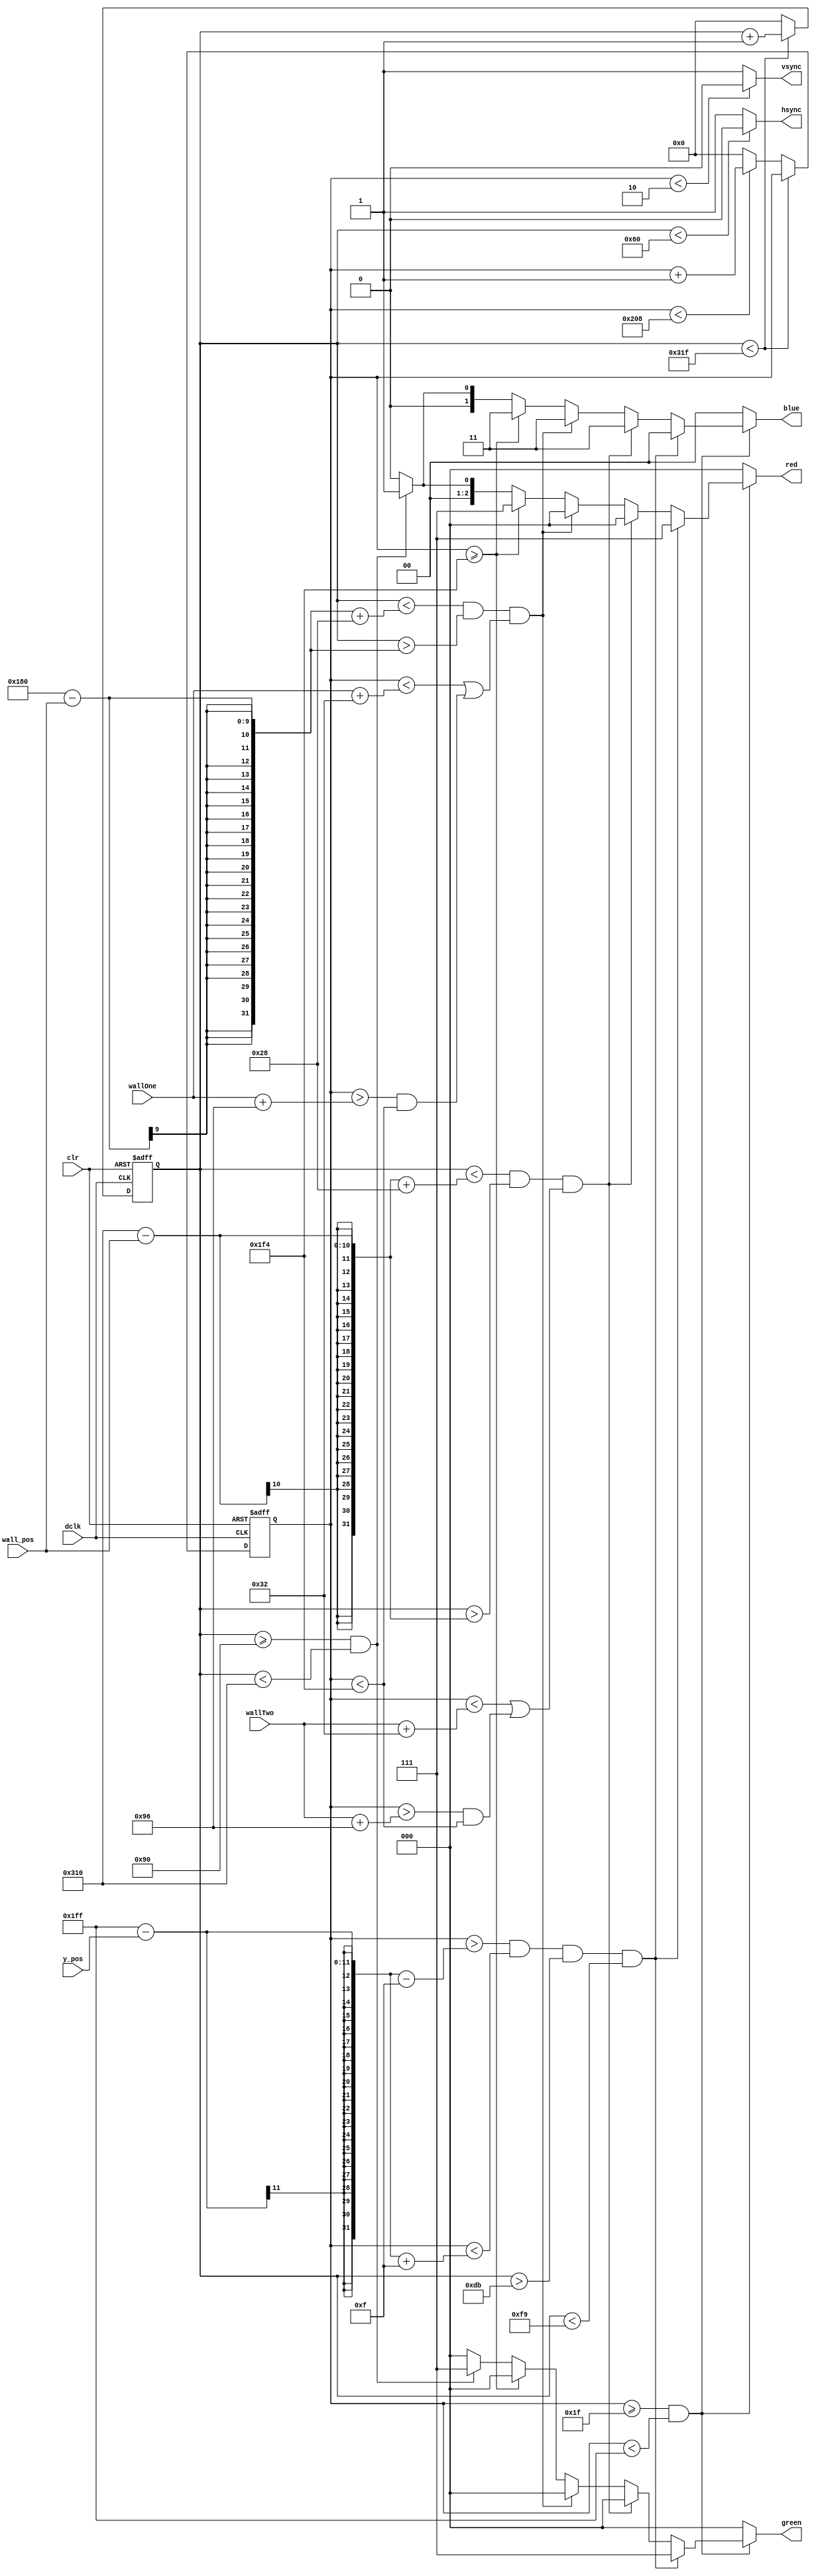
`timescale 1ns / 1ps

module vga640x480(
	input wire dclk,			//pixel clock: 25MHz
	input wire clr,			//asynchronous reset
	output wire hsync,		//horizontal sync out
	output wire vsync,		//vertical sync out
	output reg [2:0] red,	//red vga output
	output reg [2:0] green, //green vga output
	output reg [1:0] blue,	//blue vga output
	input wire [10:0] y_pos,
	input wire [8:0] wall_pos,
	input wire [7:0]wallOne,
	input wire [7:0]wallTwo
	);

// video structure constants
parameter hpixels = 800;// horizontal pixels per line
parameter vlines = 521; // vertical lines per frame
parameter hpulse = 96; 	// hsync pulse length
parameter vpulse = 2; 	// vsync pulse length
parameter hbp = 144; 	// end of horizontal back porch
parameter hfp = 784; 	// beginning of horizontal front porch
parameter vbp = 31; 		// end of vertical back porch
parameter vfp = 511; 	// beginning of vertical front porch
// active horizontal video is therefore: 784 - 144 = 640
// active vertical video is therefore: 511 - 31 = 480

// registers for storing the horizontal & vertical counters
reg [9:0] hc;
reg [9:0] vc;

// Horizontal & vertical counters --
// this is how we keep track of where we are on the screen.
// ------------------------
// Sequential "always block", which is a block that is
// only triggered on signal transitions or "edges".
// posedge = rising edge  &  negedge = falling edge
// Assignment statements can only be used on type "reg" and need to be of the "non-blocking" type: <=
always @(posedge dclk or posedge clr)
begin
	// reset condition
	if (clr == 1)
	begin
		hc <= 0;
		vc <= 0;
	end
	else
	begin
		// keep counting until the end of the line
		if (hc < hpixels - 1)
			hc <= hc + 1;
		else
		// When we hit the end of the line, reset the horizontal
		// counter and increment the vertical counter.
		// If vertical counter is at the end of the frame, then
		// reset that one too.
		begin
			hc <= 0;
			if (vc < vlines - 1)
				vc <= vc + 1;
			else
				vc <= 0;
		end
		
	end
end

// generate sync pulses (active low)
// ----------------
// "assign" statements are a quick way to
// give values to variables of type: wire
assign hsync = (hc < hpulse) ? 0:1;
assign vsync = (vc < vpulse) ? 0:1;

// display 100% saturation colorbars
// ------------------------
// Combinational "always block", which is a block that is
// triggered when anything in the "sensitivity list" changes.
// The asterisk implies that everything that is capable of triggering the block
// is automatically included in the sensitivty list.  In this case, it would be
// equivalent to the following: always @(hc, vc)
// Assignment statements can only be used on type "reg" and should be of the "blocking" type: =

always @(*)
begin

	// first check if we're within vertical active video range
	if (vc >= vbp && vc < vfp)
	begin
		// now display different colors every 80 pixels
		// while we're within the active horizontal range
		// -----------------
		//yellow is the bird 
        //The size of the bird is 30x30
		if(vc > (vfp - y_pos)-15 && vc < (vfp - y_pos)+15 && hc > hbp+75 && hc < hbp+105)
			begin
				red = 3'b111;
				green = 3'b111;
				blue = 2'b00;
			end
		//blue is the first wall
        //The width of the wall is 40 and the height is random
		else if ((hc < hfp-wall_pos+40 && hc > hfp-wall_pos) && (vc < wallTwo+50 || vc > wallTwo+150 && vc < 500))
		begin
			red = 3'b000;
			green = 3'b000;
			blue = 2'b11;
		end		
       //next wall
		else if ((hc < hfp-400-wall_pos+40 && hc > hfp-400-wall_pos) && (vc < wallOne+50 || vc > wallOne+150 && vc < 500))
		begin
			red = 3'b000;
			green = 3'b000;
			blue = 2'b11;
		end		
		//purple is the ground
		else if (vc >= 500) // we kept trying until we found a reasonable spot for the ground
		begin
			red = 3'b111;
			green = 3'b000;
			blue = 2'b11;
		end
		// green is the background
		else if (hc >= (hbp) && hc < (hbp+640)) // sweeps from left to right
		begin
			red = 3'b001;
			green = 3'b111;
			blue = 2'b01;
		end
		//we're outside active horizontal range so display black
		else
		begin
			red = 0;
			green = 0;
			blue = 0;
		end
	end
	// we're outside active vertical range so display black
	else
	begin
		red = 0;
		green = 0;
		blue = 0;
	end
end

endmodule